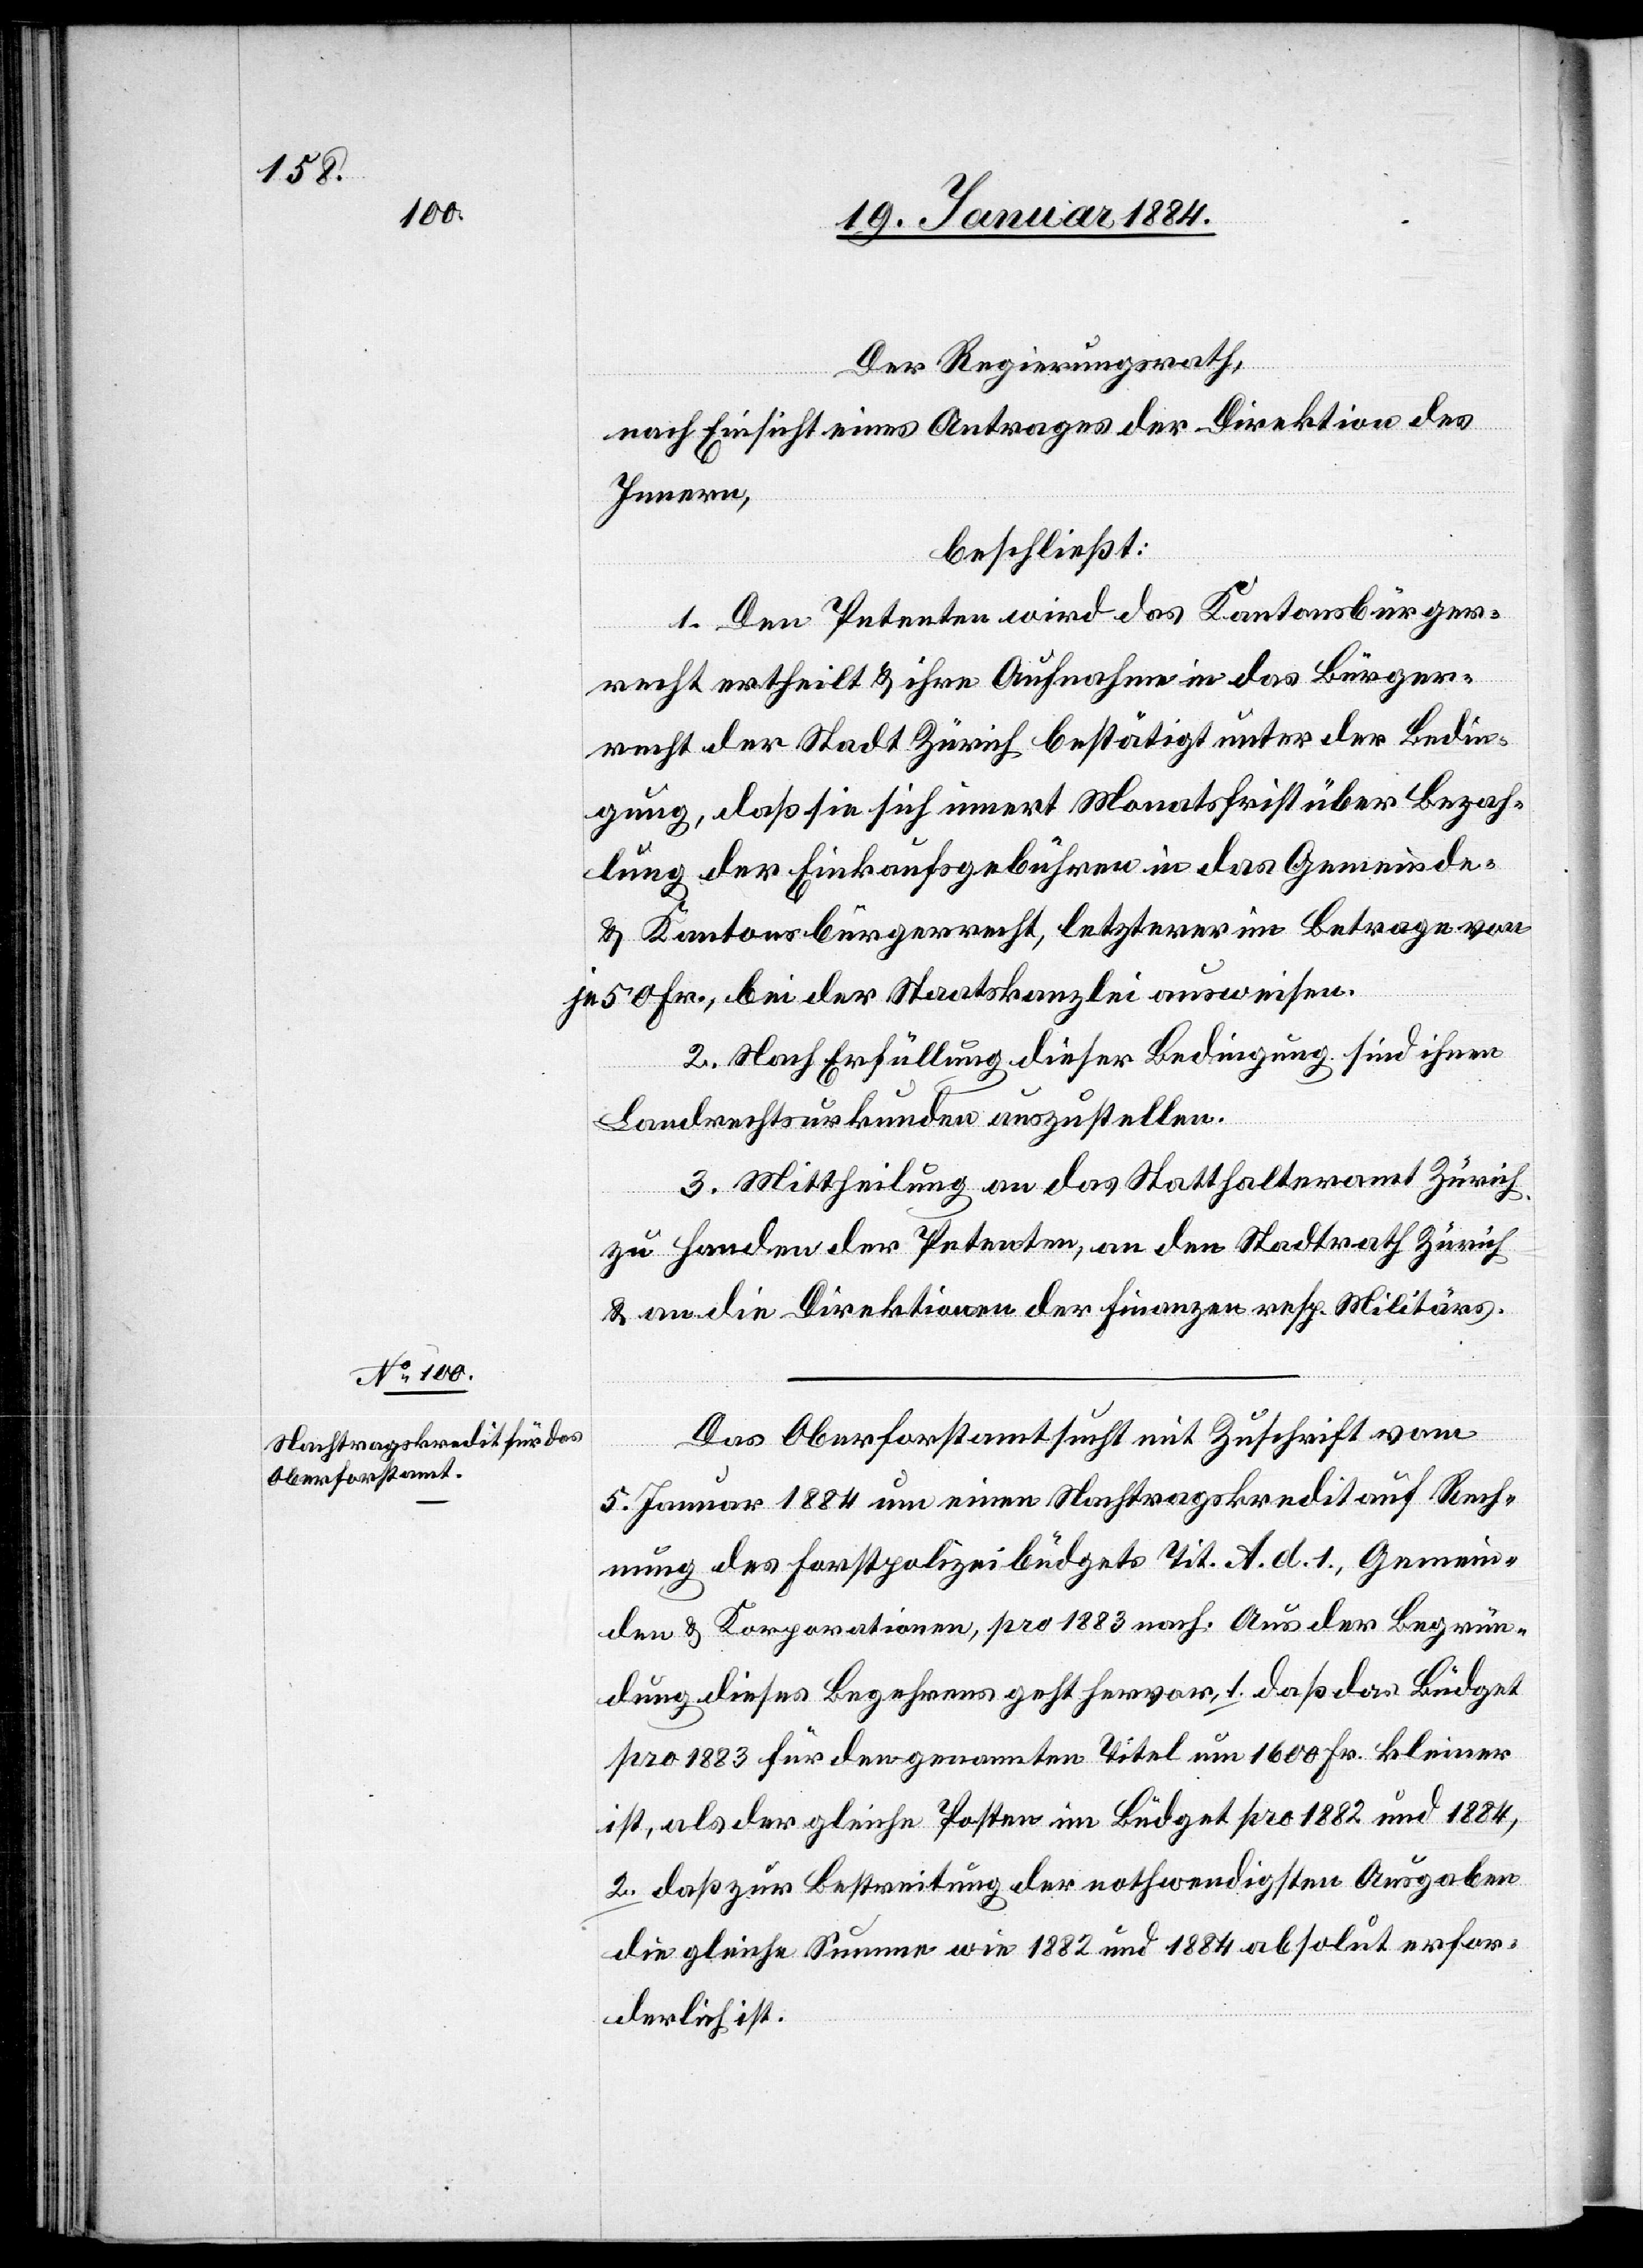
Der Regierungsrath,
nach Einsicht eines Antrages der Direktion des
Innern,
beschließt:
1. Den Petenten wird das Kantonsbürger¬
recht ertheilt & ihre Aufnahme in das Bürger¬
recht der Stadt Zürich bestätigt unter der Bedin¬
gung, daß sie sich innert Monatsfrist über Bezah¬
lung der Einkaufsgebühren in das Gemeinde-
& Kantonsbürgerrecht, letzterer im Betrage von
je 50 Fr., bei der Staatskanzlei ausweisen.
2. Nach Erfüllung dieser Bedingung sind ihnen
Landrechtsurkunden auszustellen.
3. Mittheilung an das Statthalteramt Zürich,
zu Handen der Petenten, an den Stadtrath Zürich
& an die Direktionen der Finanzen resp. [des] Militärs.
Das Oberforstamt sucht mit Zuschrift vom
5. Januar 1884 um einen Nachtragskredit auf Rech¬
nung des Forstpolizeibüdgets Tit. A. d. 1, Gemein¬
den & Korporationen, pro 1883 nach. Aus der Begrün¬
dung dieses Begehrens geht hervor, 1. daß das Büdget
pro 1883 für den genannten Titel um 1600 Fr. kleiner
ist, als der gleiche Posten im Büdget pro 1882 und 1884,
2. daß zur Bestreitung der nothwendigsten Ausgaben
die gleiche Summe wie 1882 und 1884 absolut erfor¬
derlich ist.